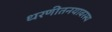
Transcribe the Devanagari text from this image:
धरणीतनयावरस्य